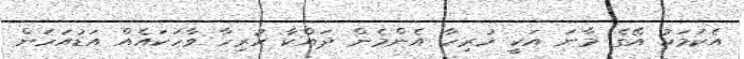
އެކަމަކު އޭގެ މާނަ އަކީ ހުރިހާ އެންމެން ދައްކާ ހުރިހާ ވާހަކައެއް އަޑުއަހަން